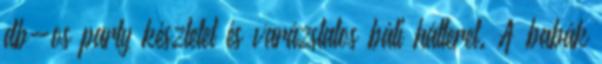
db-os party készletet és varázslatos báli hátteret. A babák